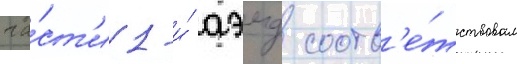
ча́ст'и 1-и́ аэмд соотв'е́тствовал